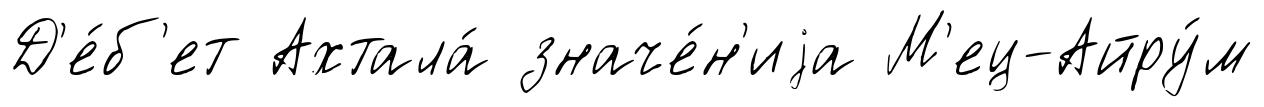
Д'е́б'ет Ахтала́ значе́н'иjа М'ец-Айру́м